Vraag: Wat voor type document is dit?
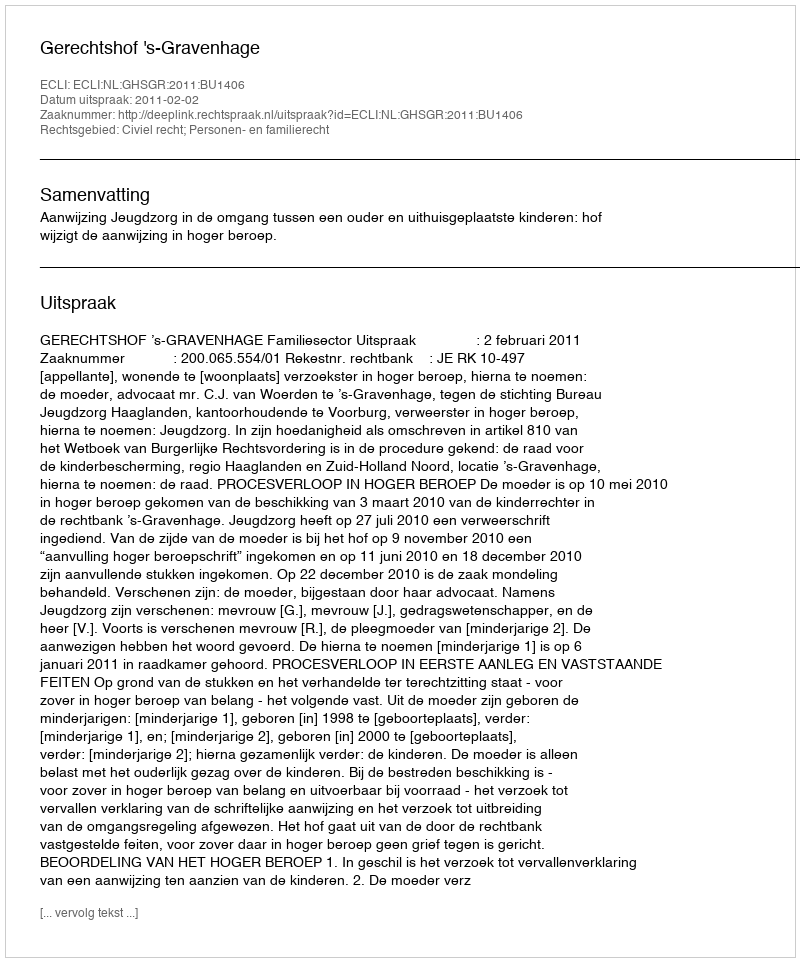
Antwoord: Uitspraak